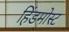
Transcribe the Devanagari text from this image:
हिंडमोस्ट